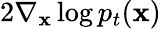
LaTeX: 2\nabla_{\mathbf{x}}\log p_{t}(\mathbf{x})